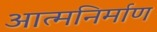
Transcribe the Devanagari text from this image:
आत्मनिर्माण